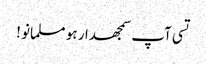
تسی آپ سمجھدار ہو مسلمانو !